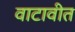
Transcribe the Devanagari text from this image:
वाटावीत